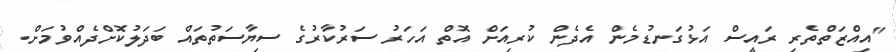
"އިއްޒަތްތެރި ރައީސް އަޅުގަނޑުމެން އެދެން ކުރިއަށް އޮތް އަހަރު ސަރުކާރުގެ ސިޔާސަތުތައް ބަދަލުކޮށްދެއްވުމަށް.